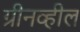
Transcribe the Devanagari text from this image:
ग्रीनव्हील